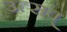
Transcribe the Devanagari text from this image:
उत्सव्